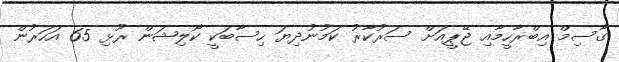
ގާސިމް އިބްރާހީމާއި ޖޭޕީއަށް ސަރުކާރު ކަމުނުދިޔަ ހިސާބަކީ ކޯލިޝަން ރޫޅި 65 އަހަރުން